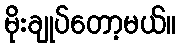
မိုးချုပ်တော့မယ်။